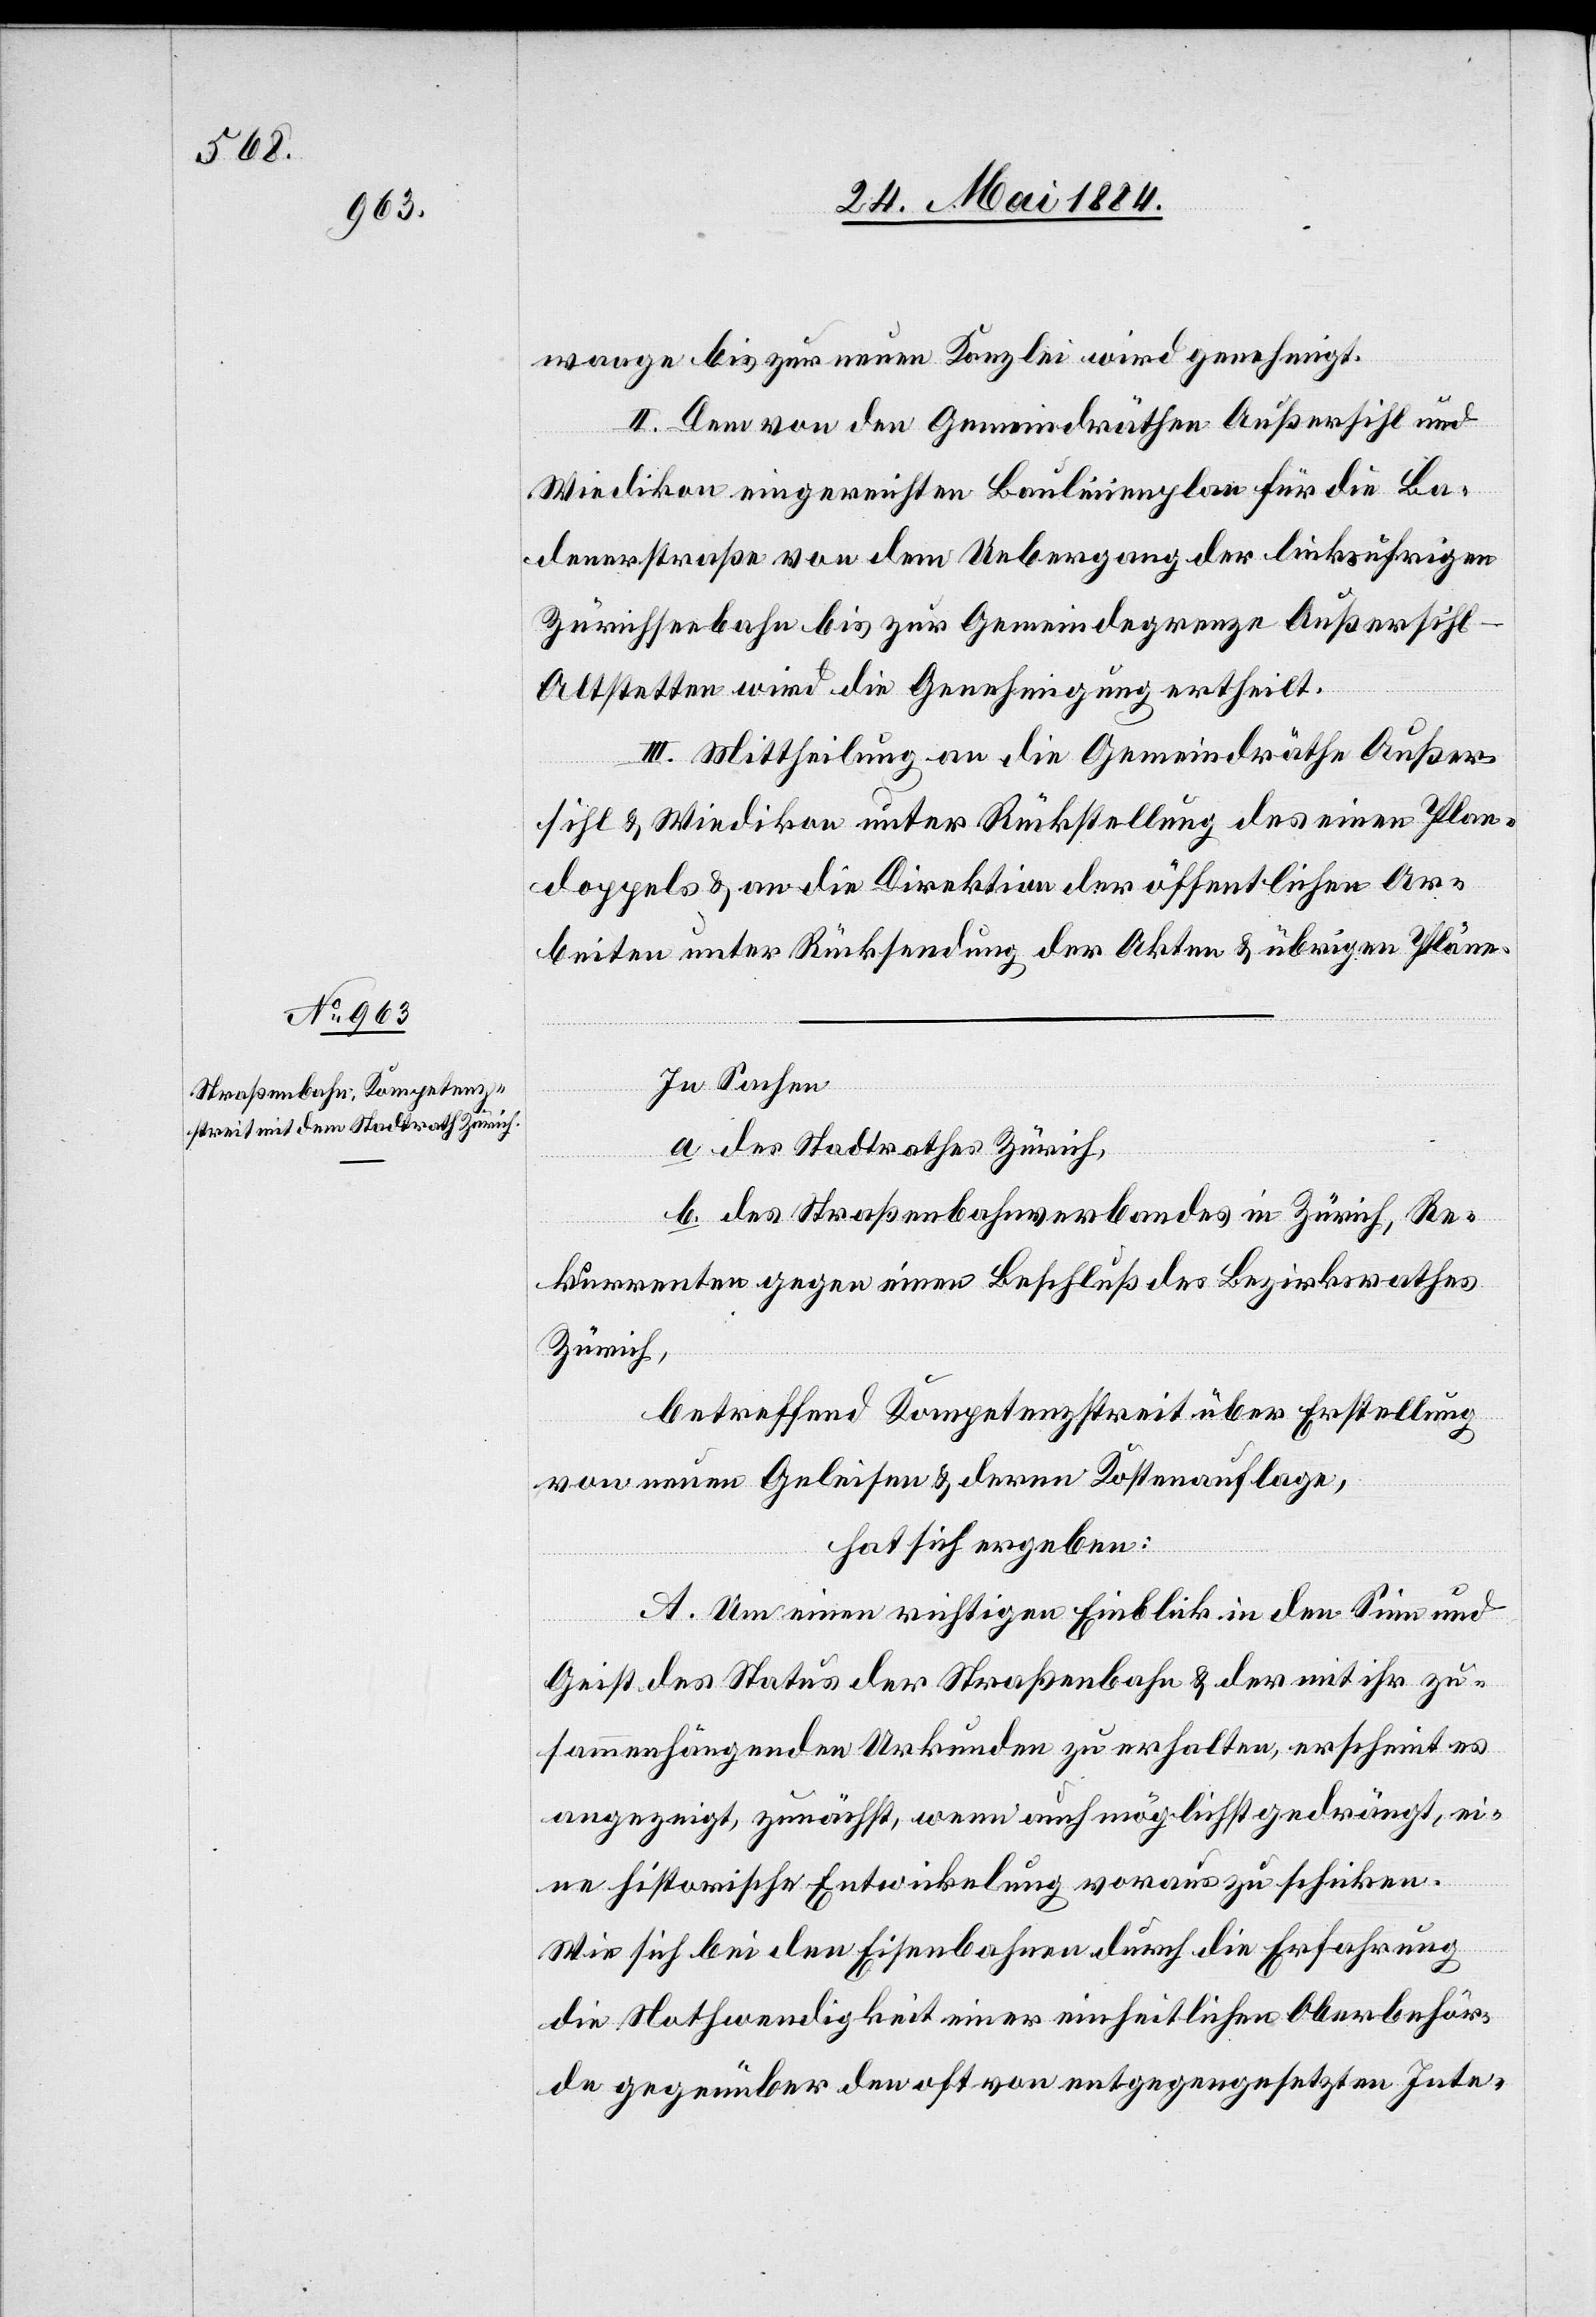
Außersih¬
enerstraße bis zur Gemeindegrenze

waage bis zur neuen Kanzlei wird genehmigt.
II. Dem von den Gemeindräthe Außersihl und
Wiedikon eingereichten Baulinienplan für die Bad¬
l–Altstetten wird die Genehmigung ertheilt.
III. Mittheilung an die Gemeindräthe Außer¬
sihl & Wiedikon unter Rückstellung des einen Plan¬
doppels & an die Direktion der öffentlichen Ar¬
beiten unter Rücksendung der Akten & übrigen Pläne.
In Sachen
a. des Stadtrathes Zürich,
b. des Straßenbahnverbandes in Zürich, Re¬
kurrenten gegen einen Beschluß des Bezirksrathes
Zürich,
betreffend Kompetenzstreit über Erstellung
von neuen Geleisen & deren Kostenauflage,
hat sich ergeben:
A. Um einen richtigen Einblick in den Sinn und
Geist des Status der Straßenbahn & der mit ihr zu¬
sammenhängenden Urkunden zu erhalten, erscheint es
angezeigt, zunächst, wenn auch möglichst gedrängt, ei¬
ne historische Entwicklung voraus zu schicken.
Wie sich bei den Eisenbahnen durch die Erfahrung
die Nothwendigkeit einer einheitlichen Oberbehör¬
de gegenüber den oft von entgegengesetzten Inte-